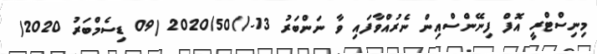
މިނިސްޓްރީ އޮފް ފިނޭންސްއިން ނެރުއްވާފައި ވާ ނަންބަރު 13-//2020/50 (09 ޑިސެމްބަރު 2020)